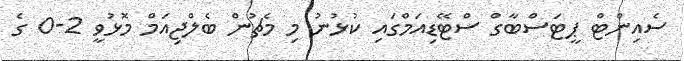
ސެއިންޓް ޕީޓަސްބާގް ސްޓޭޑިއަމްގައި ކުޅުނު މި މެޗުން ބެލްޖިއަމް މޮޅުވީ 2-0 ގެ